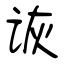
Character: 诙